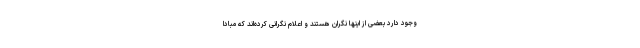
وجود دارد بعضی از اینها نگران هستند و اعلام نگرانی کرده‌اند که مبادا